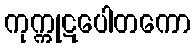
ကုက္ကုဋပေါတကော